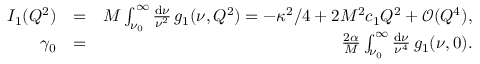
\begin{array} { r l r } { I _ { 1 } ( Q ^ { 2 } ) } & { = } & { M \int _ { \nu _ { 0 } } ^ { \infty } \frac { \mathrm { d } \nu } { \nu ^ { 2 } } \, g _ { 1 } ( \nu , Q ^ { 2 } ) = - \kappa ^ { 2 } / 4 + 2 M ^ { 2 } c _ { 1 } Q ^ { 2 } + \mathcal { O } ( Q ^ { 4 } ) , } \\ { \gamma _ { 0 } } & { = } & { \frac { 2 \alpha } { M } \int _ { \nu _ { 0 } } ^ { \infty } \frac { \mathrm { d } \nu } { \nu ^ { 4 } } \, g _ { 1 } ( \nu , 0 ) . } \end{array}